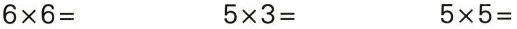
$$6 \times 6 =$$ $$5 \times 3 =$$ $$5 \times 5 =$$